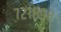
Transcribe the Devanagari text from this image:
७२१८९८